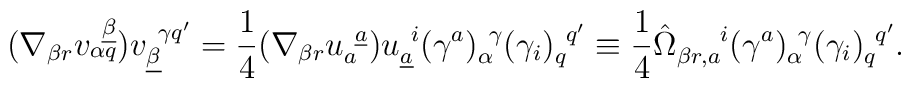
(\nabla_{\beta r}v^{~\underline\beta}_{\alpha q})v_{\underline\beta}^{~\gamma q'}={1\over 4}(\nabla_{\beta r}u_a^{~\underline a})u_{\underline a}^{~i}(\gamma^a)^{~\gamma}_\alpha(\gamma_{i})^{~q'}_q\equiv{1\over 4}\hat\Omega_{\beta r,a}^{~~~~i}(\gamma^a)^{~\gamma}_\alpha(\gamma_{i})^{~q'}_q.